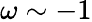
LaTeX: \omega\sim-1